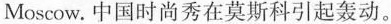
Moscow. 中国时尚秀在莫斯科引起轰动。